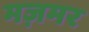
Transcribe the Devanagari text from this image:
मज़मर